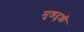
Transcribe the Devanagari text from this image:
मुडदुशी